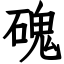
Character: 磈